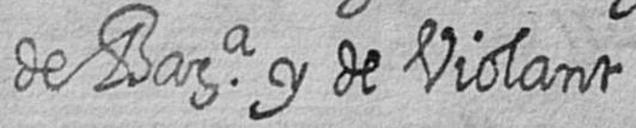
de Bara y de Violant